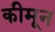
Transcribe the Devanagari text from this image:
कीमून